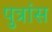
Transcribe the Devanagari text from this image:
पुत्रांस